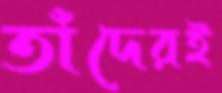
তাঁদেরই